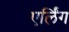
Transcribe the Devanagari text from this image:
एर्लिंग